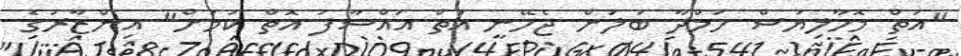
"އަތް މޮހާލިޔަސް ހަމްދާ ބަލަން ޖެހޭނީ އަތް އައްސާފަ އޮތް ކަމަށް" އިންޒާރުގެ